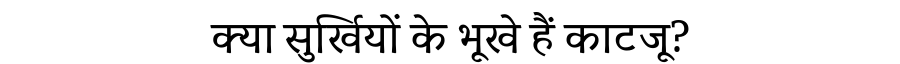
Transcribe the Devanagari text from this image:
क्या सुर्खियों के भूखे हैं काटजू?